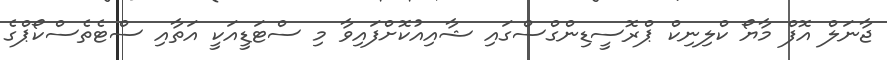
ޖާނަލް އޮފް މާޔޯ ކްލިނިކް ޕްރޮސީޑިންގްސްގައި ޝާއިއުކޮށްފައިވާ މި ސްޓަޑީއަކީ އަތާއި ސްޓެތެސްކޯޕްގެ